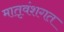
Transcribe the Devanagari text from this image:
मातृवंशगत